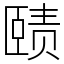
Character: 赜